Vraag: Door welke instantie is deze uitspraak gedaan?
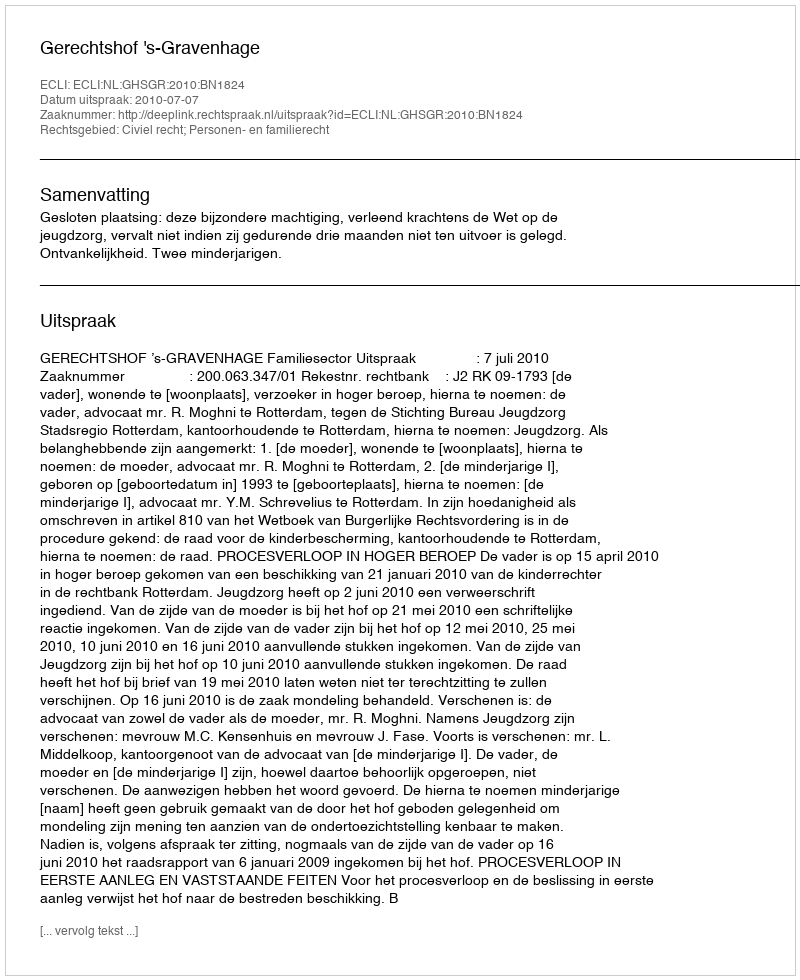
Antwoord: Gerechtshof 's-Gravenhage